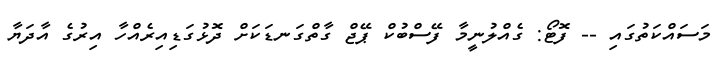
މަސައްކަތުގައި -- ފޮޓޯ: ގެއްލުނީމާ ފޭސްބުކް ޕޭޖް ގާތްގަނޑަކަށް ދޮޅުގަޑިއިރެއްހާ އިރުގެ އާދަޔާ